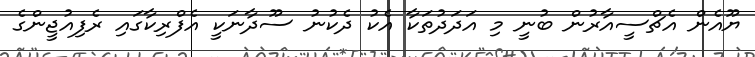
ޔޫއެން އެޗްސީއާރުން ބުނީ މި އަދަދުތަކާ އެކު ދެކުނު ސޫދާނަކީ އެފްރިކާގައި ރެފިއުޖީންގެ